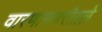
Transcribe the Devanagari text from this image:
वारणानगरीतले